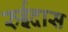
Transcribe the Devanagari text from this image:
रुईदास